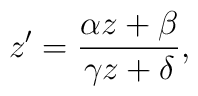
z' = \frac{\alpha z + \beta}{\gamma z + \delta},